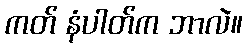
ကတ် နံပါတ်က ဘာလဲ။